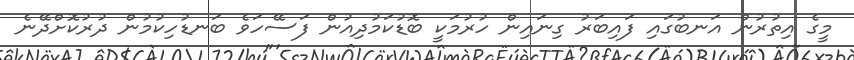
މީގެ އިތުރުން އަނބުގައި ފައިބަރު ގިނައިން ހުރުމަކީ ބޮޑުކަމުދިއުން ފަސޭހަވެ ބަނޑުހިކުމުން ދުރުކޮށްދޭނެ